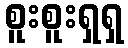
စူးစူးရှရှ